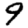
Digit: 9